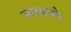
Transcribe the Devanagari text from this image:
सलवातोर